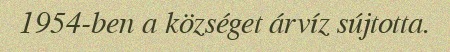
1954-ben a községet árvíz sújtotta.